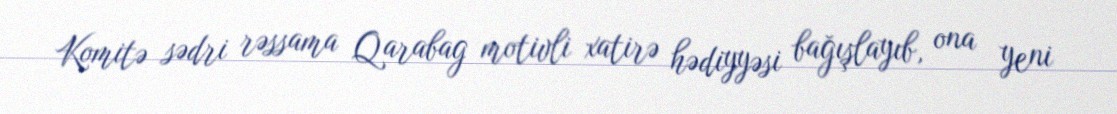
Komitə sədri rəssama Qarabag motivli xatirə hədiyyəsi bağışlayıb, ona yeni